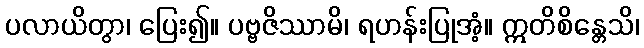
ပလာယိတွာ၊ ပြေး၍။ ပဗ္ဗဇိဿာမိ၊ ရဟန်းပြုအံ့။ ဣတိစိန္တေသိ၊